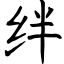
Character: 绊